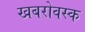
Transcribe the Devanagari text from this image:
खबरोवस्क